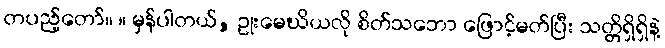
တပည့်တော်။ ။ မှန်ပါတယ်, ဥုးမေဃိယလို စိတ်သဘော ဖြောင့်မတ်ပြီး သတ္တိရှိရှိနဲ့